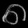
Digit: ၈